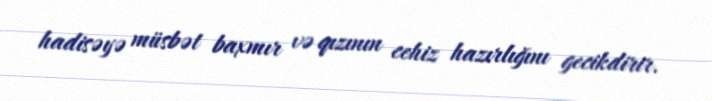
hadisəyə müsbət baxmır və qızının cehiz hazırlığını gecikdirir.